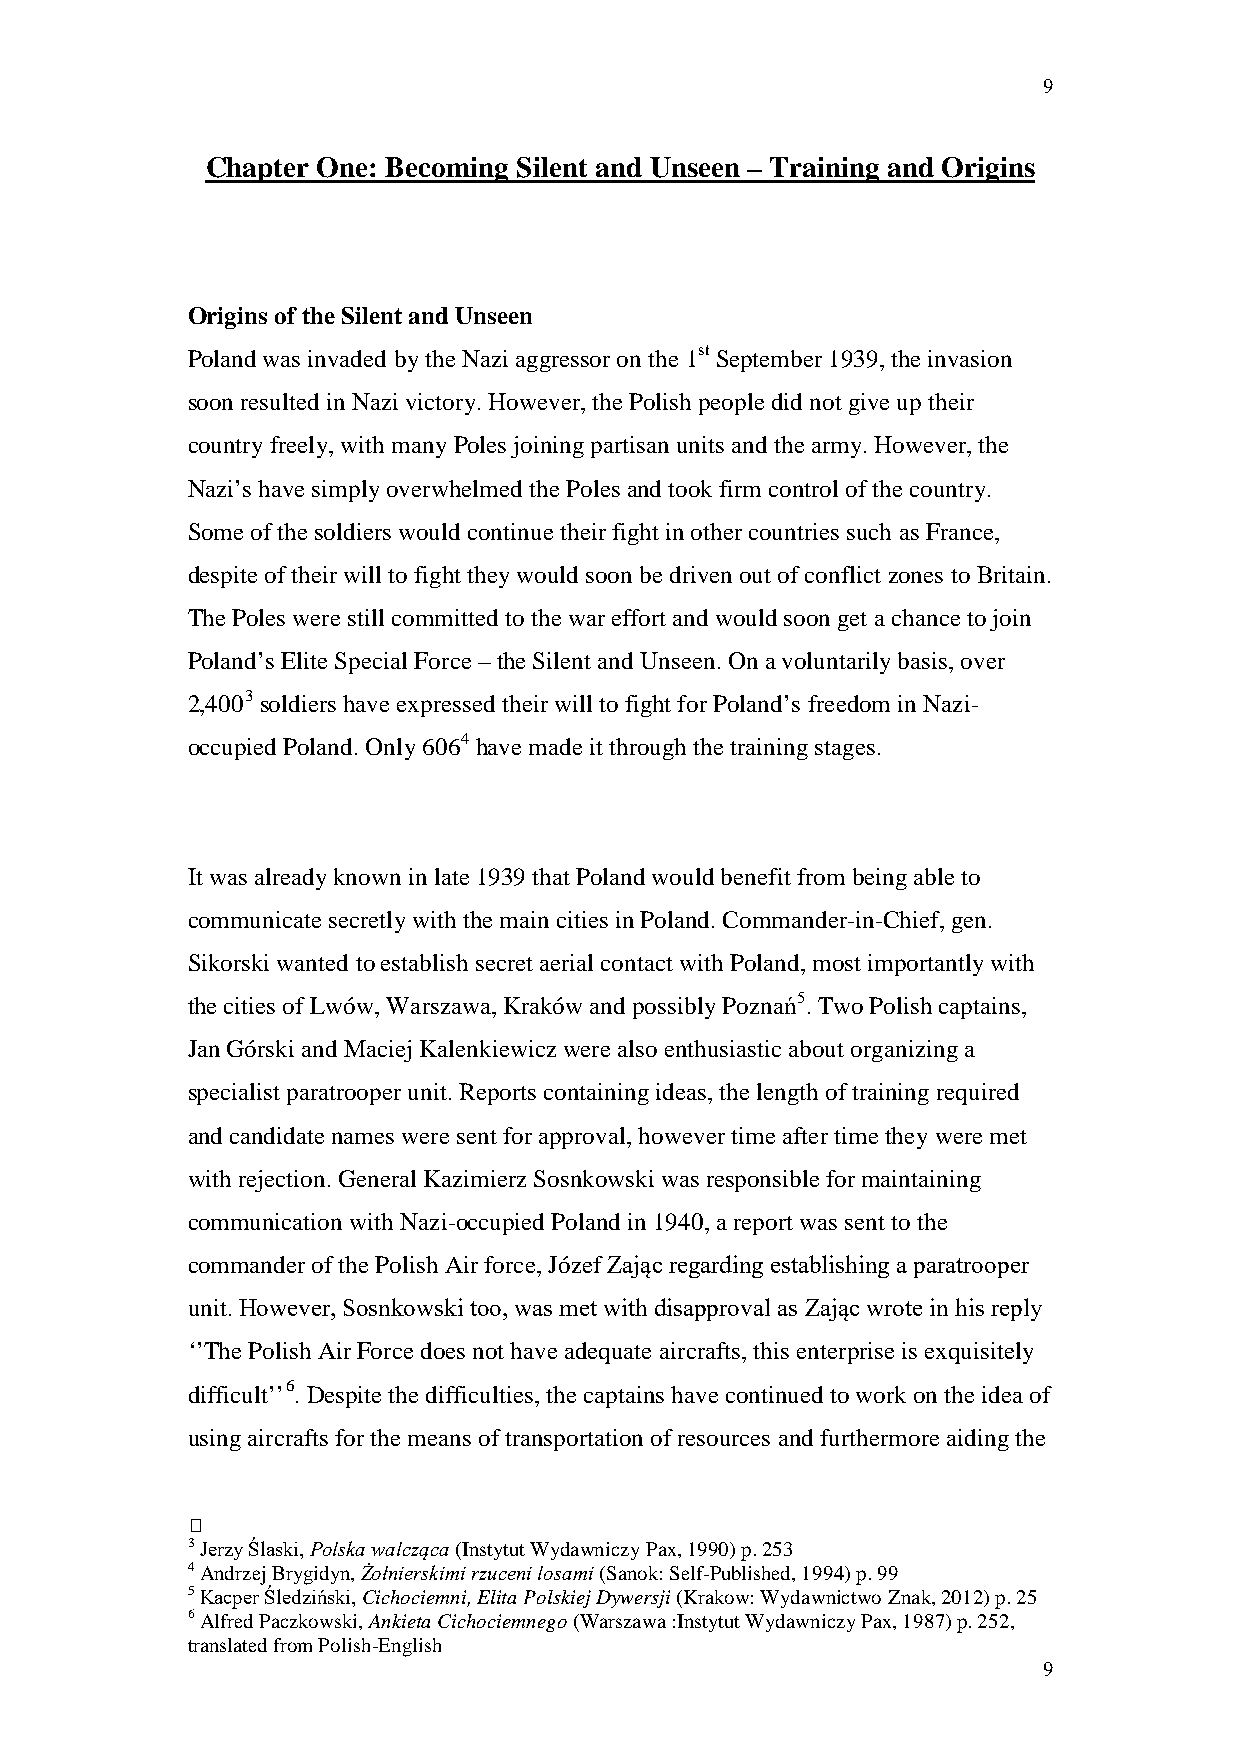
9
 Chapter One: Becoming Silent and Unseen – Training and Origins
 Origins of the Silent and Unseen
 Poland was invaded by the Nazi aggressor on the 1st September 1939, the invasion
 soon resulted in Nazi victory. However, the Polish people did not give up their
 country freely, with many Poles joining partisan units and the army. However, the
 Nazi’s have simply overwhelmed the Poles and took firm control of the country.
 Some of the soldiers would continue their fight in other countries such as France,
 despite of their will to fight they would soon be driven out of conflict zones to Britain.
 The Poles were still committed to the war effort and would soon get a chance to join
 Poland’s Elite Special Force – the Silent and Unseen. On a voluntarily basis, over
 2,4003 soldiers have expressed their will to fight for Poland’s freedom in Nazi-
 occupied Poland. Only 6064 have made it through the training stages.
 It was already known in late 1939 that Poland would benefit from being able to
 communicate secretly with the main cities in Poland. Commander-in-Chief, gen.
 Sikorski wanted to establish secret aerial contact with Poland, most importantly with
 the cities of Lwów, Warszawa, Kraków and possibly Poznań5. Two Polish captains,
 Jan Górski and Maciej Kalenkiewicz were also enthusiastic about organizing a
 specialist paratrooper unit. Reports containing ideas, the length of training required
 and candidate names were sent for approval, however time after time they were met
 with rejection. General Kazimierz Sosnkowski was responsible for maintaining
 communication with Nazi-occupied Poland in 1940, a report was sent to the
 commander of the Polish Air force, Józef Zając regarding establishing a paratrooper
 unit. However, Sosnkowski too, was met with disapproval as Zając wrote in his reply
 ‘’The Polish Air Force does not have adequate aircrafts, this enterprise is exquisitely
 difficult’’6. Despite the difficulties, the captains have continued to work on the idea of
 using aircrafts for the means of transportation of resources and furthermore aiding the
 
 3 Jerzy Ślaski, Polska walcząca (Instytut Wydawniczy Pax, 1990) p. 253
 4 Andrzej Brygidyn, Żołnierskimi rzuceni losami (Sanok: Self-Published, 1994) p. 99
 5 Kacper Śledziński, Cichociemni, Elita Polskiej Dywersji (Krakow: Wydawnictwo Znak, 2012) p. 25
 6 Alfred Paczkowski, Ankieta Cichociemnego (Warszawa :Instytut Wydawniczy Pax, 1987) p. 252,
 translated from Polish-English
 9